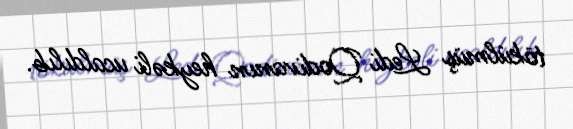
tökülmüş Ledi Qodivanın heykəli ucaldılıb.